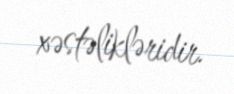
xəstəlikləridir.